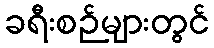
ခရီးစဉ်များတွင်